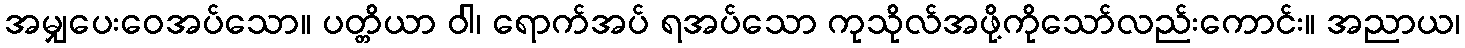
အမျှပေးဝေအပ်သော။ ပတ္တိယာ ဝါ၊ ရောက်အပ် ရအပ်သော ကုသိုလ်အဖို့ကိုသော်လည်းကောင်း။ အညာယ၊